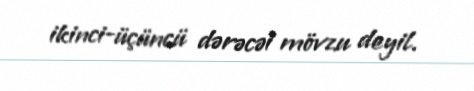
ikinci-üçüncü dərəcəi mövzu deyil.